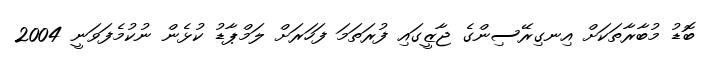
ބޮޑު މުބާރާތަކަށް އިނގިރޭސިންގެ ޖާޒީގައި ފުރަތަމަ ފަހަރަށް ލަމްޕާޑު ކުޅެން ނުކުމެފަވަނީ 2004